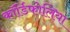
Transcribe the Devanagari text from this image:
कॉर्डिफोलिया